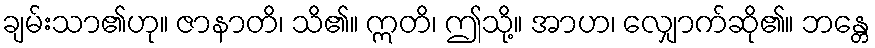
ချမ်းသာ၏ဟု။ ဇာနာတိ၊ သိ၏။ ဣတိ၊ ဤသို့။ အာဟ၊ လျှောက်ဆို၏။ ဘန္တေ